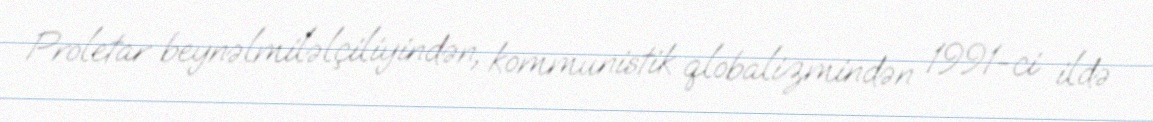
Proletar beynəlmiləlçiliyindən, kommunistik qlobalizmindən 1991-ci ildə